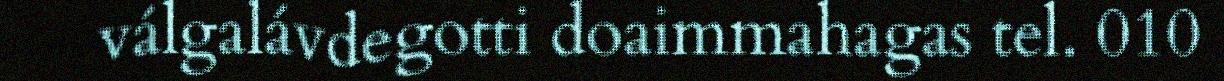
válgalávdegotti doaimmahagas tel. 010